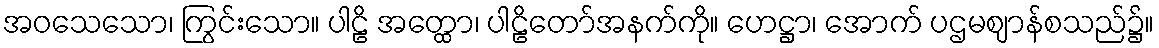
အဝသေသော၊ ကြွင်းသော။ ပါဠိ အတ္ထော၊ ပါဠိတော်အနက်ကို။ ဟေဋ္ဌာ၊ အောက် ပဌမဈာန်စသည်၌။